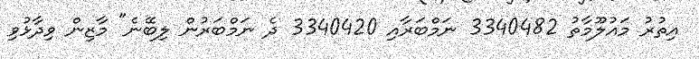
އިތުރު މައުލޫމާތު 3340482 ނަމްބަރާއި 3340420 ދެ ނަމްބަރުން ލިބޭނެ" މާޒިން ވިދާޅުވި